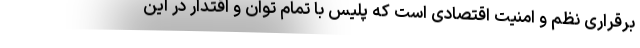
برقراری نظم و امنیت اقتصادی است که پلیس با تمام توان و اقتدار در این